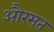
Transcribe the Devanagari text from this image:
औरसत